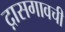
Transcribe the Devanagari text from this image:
द़ासगावची